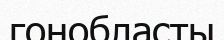
гонобласты